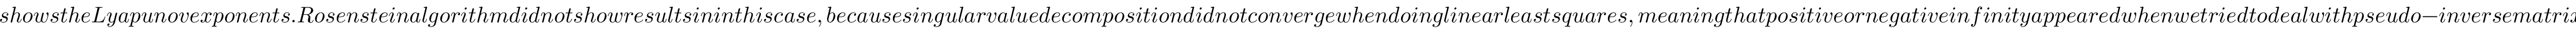
s h o w s t h e L y a p u n o v e x p o n e n t s . R o s e n s t e i n a l g o r i t h m d i d n o t s h o w r e s u l t s i n i n t h i s c a s e , b e c a u s e s i n g u l a r v a l u e d e c o m p o s i t i o n d i d n o t c o n v e r g e w h e n d o i n g l i n e a r l e a s t s q u a r e s , m e a n i n g t h a t p o s i t i v e o r n e g a t i v e i n f i n i t y a p p e a r e d w h e n w e t r i e d t o d e a l w i t h p s e u d o - i n v e r s e m a t r i x . E c k m a n n Y c a n n o t w o r k , e i t h e r , f o r y = 0 i n t h e w h o l e r a n g e . W e m a y s e e t h a t f o r o v e r a l l t r e n d o f \lambda _ { x } , b o t h a l g o r i t h m s h a v e \lambda _ { x } < 0 f o r \mu _ { 0 } < 3 . 0 , w h e r e a s \lambda _ { x } h a s b o t h p o s i t i v e a n d n e g a t i v e v a l u e s f o r \mu _ { 0 } > 3 . 5 . I t i s w i d e l y a c c e p t e d